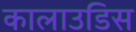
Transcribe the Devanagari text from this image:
कालाउडिस